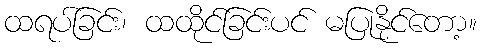
ထရပ်ခြင်း၊ ထထိုင်ခြင်းပင် မပြုနိုင်တော့။